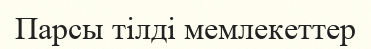
Парсы тілді мемлекеттер